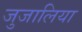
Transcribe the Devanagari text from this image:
जुजालिया